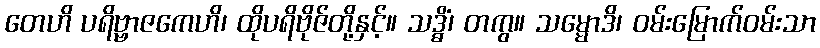
တေဟိ ပရိဗ္ဗာဇကေဟိ၊ ထိုပရိဗိုဇ်တို့နှင့်။ သဒ္ဓိံ၊ တကွ။ သမ္မောဒိ၊ ဝမ်းမြောက်ဝမ်းသာ